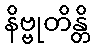
နိဗ္ဗုတိန္တိ